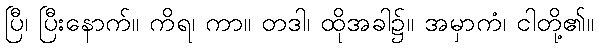
ပြီ၊ ပြီးနောက်။ ကိရ၊ ကာ။ တဒါ၊ ထိုအခါ၌။ အမှာကံ၊ ငါတို့၏။